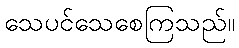
သေပင်သေစေကြသည်။